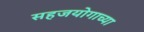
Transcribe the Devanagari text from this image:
सहजयोगाच्या